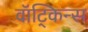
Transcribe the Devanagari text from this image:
वॉट्किन्स